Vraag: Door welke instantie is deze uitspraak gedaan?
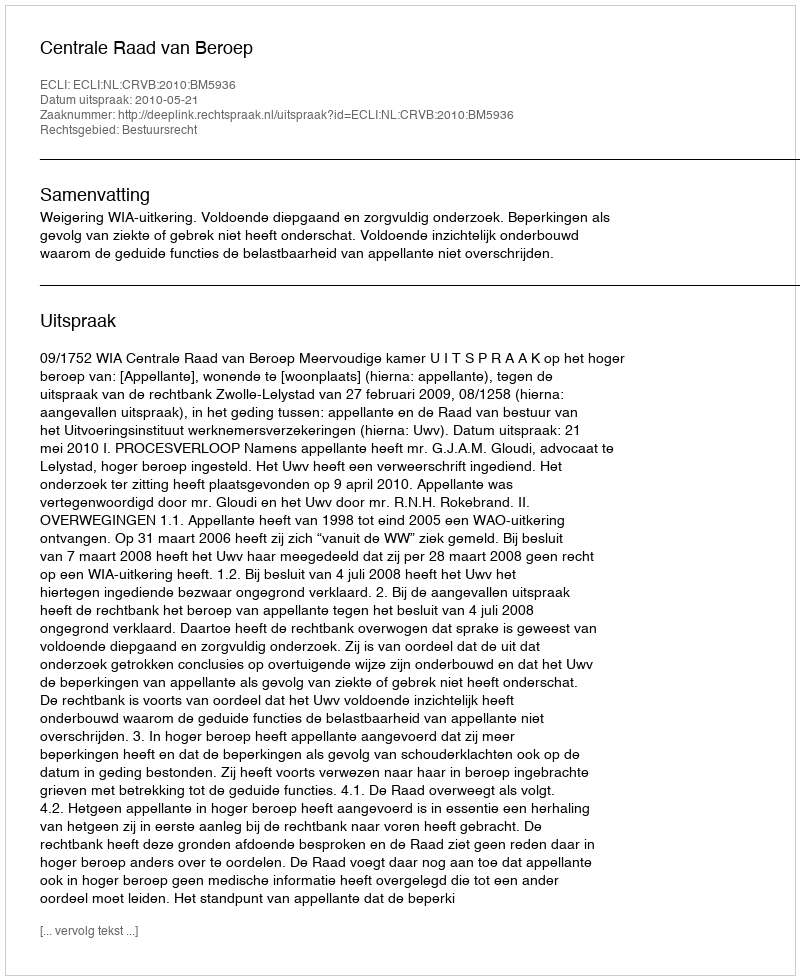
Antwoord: Centrale Raad van Beroep